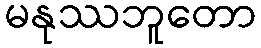
မနုဿဘူတော